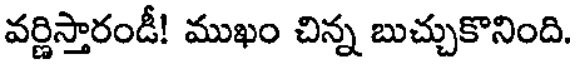
వర్ణిస్తారండీ! ముఖం చిన్న బుచ్చుకొనింది.